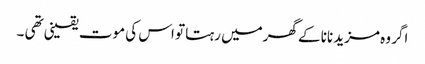
اگر وہ مزید نانا کے گھرمیں رہتا تو اس کی موت یقینی تھی ۔